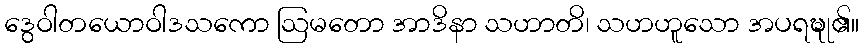
ဒွေဝါတယောဝါဒသကော ဩမတော အာဒိနာ သဟာတိ၊ သဟဟူသော အပရဍ္ဎု၏။